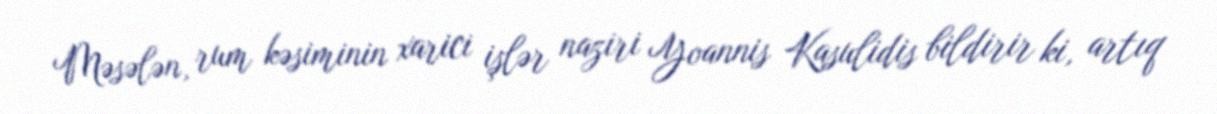
Məsələn, rum kəsiminin xarici işlər naziri Yoannis Kasulidis bildirir ki, artıq